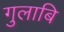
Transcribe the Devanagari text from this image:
गुलाबि